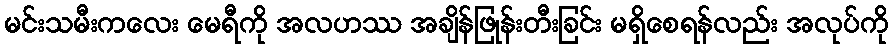
မင်းသမီးကလေး မေရီကို အလဟဿ အချိန်ဖြုန်းတီးခြင်း မရှိစေရန်လည်း အလုပ်ကို